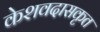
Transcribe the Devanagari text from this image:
केशवदासकृत